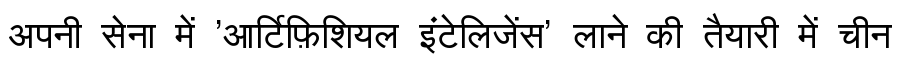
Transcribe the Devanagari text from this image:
अपनी सेना में 'आर्टिफ़िशियल इंटेलिजेंस' लाने की तैयारी में चीन